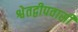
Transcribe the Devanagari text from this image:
श्वेतद्वीपवासी